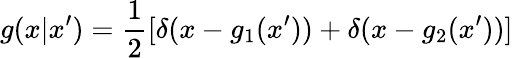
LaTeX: g(x|x^{\prime})={\frac{1}{2}}[\delta(x-g_{1}(x^{\prime}))+\delta(x-g_{2}(x^{\prime}))]